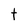
Character: t